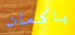
باكمان